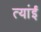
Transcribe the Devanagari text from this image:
त्यांई